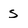
Character: s